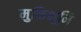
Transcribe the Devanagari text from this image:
मुक्तिभूमि